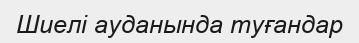
Шиелі ауданында туғандар